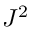
J ^ { 2 }